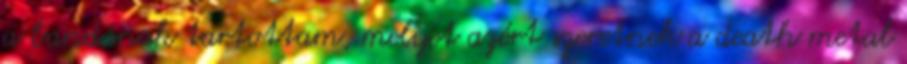
a bandának tartottam, melyet azért szeretnek a death metal